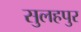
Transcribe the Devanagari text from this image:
सुलहपुर